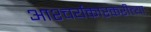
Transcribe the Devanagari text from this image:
आश्चर्यकारकरीत्या